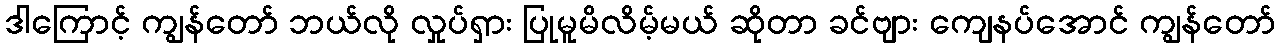
ဒါကြောင့် ကျွန်တော် ဘယ်လို လှုပ်ရှား ပြုမူမိလိမ့်မယ် ဆိုတာ ခင်ဗျား ကျေနပ်အောင် ကျွန်တော်